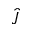
\protect \hat { J }